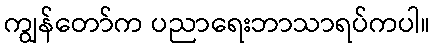
ကျွန်တော်က ပညာရေးဘာသာရပ်ကပါ။